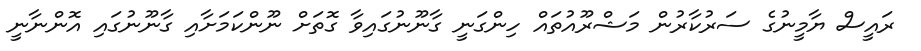
ރައީސް ޔާމީނުގެ ސަރުކާރުން މަޝްރޫއުތައް ހިންގަނީ ގާނޫނުގައިވާ ގޮތަށް ނޫންކަމަށާއި ގާނޫނުގައި އޮންނާނީ